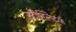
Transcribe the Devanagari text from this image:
स्टीग्लिट्ज़